Scottish Certificate of Education, 1962
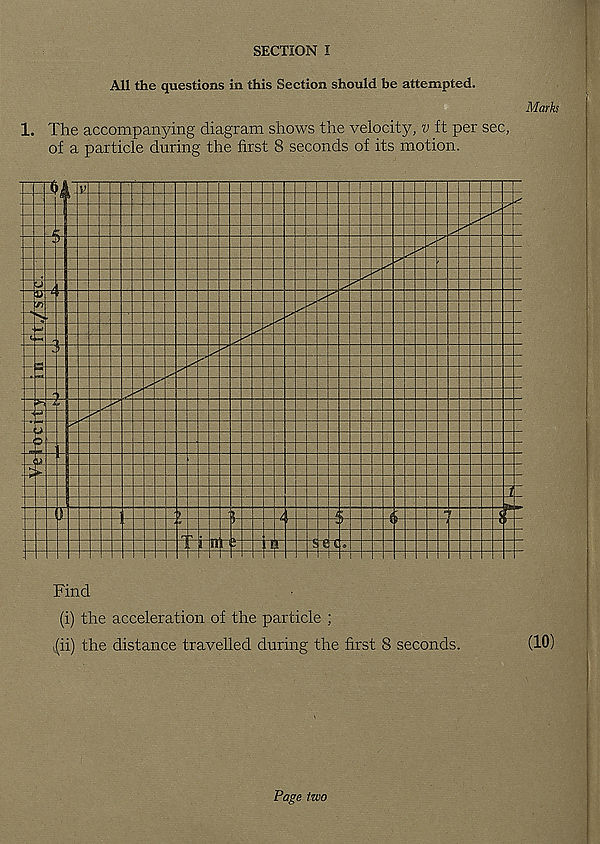
SECTION I
All the questions in this Section should be attempted.
1. The accompanying diagram shows the velocity, v ft per sec,
of a particle during the first 8 seconds of its motion.
Marks
Find
(i) the acceleration of the particle ;
(ii) the distance travelled during the first 8 seconds.
(10)
Page two